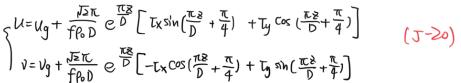
\[
\begin{cases}
u = u_g + \frac{\sqrt{2}\pi}{f\rho D} e^{\frac{f\eta}{D}} \left[ T_x \sin \left( \frac{f z}{D} + \frac{\pi}{4} \right) + T_y \cos \left( \frac{f z}{D} + \frac{\pi}{4} \right) \right] \\
v = v_g + \frac{\sqrt{2}\pi}{f\rho D} e^{\frac{f\eta}{D}} \left[ -T_x \cos \left( \frac{f z}{D} + \frac{\pi}{4} \right) + T_y \sin \left( \frac{f z}{D} + \frac{\pi}{4} \right) \right]
\end{cases} \quad (J - 20)
\]